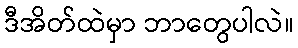
ဒီအိတ်ထဲမှာ ဘာတွေပါလဲ။